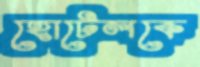
হোটেলকে